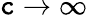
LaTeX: \mathtt{c}\rightarrow\infty